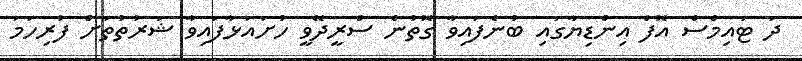
ދަ ޓައިމްސް އޮފް އިންޑިޔާގައި ބުނެފައިވާ ގޮތުން ސްރީދޭވީ ހުށައަޅާފައިވާ ޝަރުތުތަށް ފުރިހަމަ